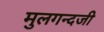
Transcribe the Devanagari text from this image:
मुलगन्दजी